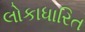
લોકાધારિત